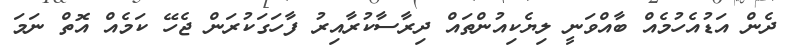
ދެން އަޑުއެހުމެއް ބާއްވަނީ ލިޔެކިއުންތައް ދިރާސާކުރާއިރު ފާހަގަކުރަން ޖެހޭ ކަމެއް އޮތް ނަމަ